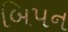
બિપન